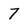
Character: 7